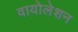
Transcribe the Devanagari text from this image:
वायोलेशन